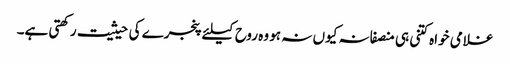
غلامی خواہ کتنی ہی منصفانہ کیوں نہ ہو وہ روح کیلئے پنجرے کی حیثیت رکھتی ہے۔